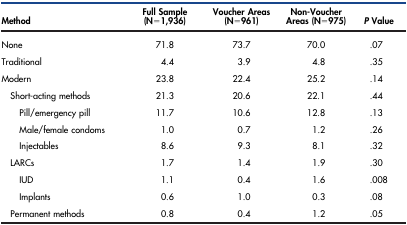
| Method | Full Sample (N = 1,936) | Voucher Areas (N = 961) | Non-Voucher Areas (N = 975) | P Value |
 | --- | --- | --- | --- | --- |
 | None | 71.8 | 73.7 | 70.0 | .07 |
 | Traditional | 4.4 | 3.9 | 4.8 | .35 |
 | Modern | 23.8 | 22.4 | 25.2 | .14 |
 | Short-acting methods | 21.3 | 20.6 | 22.1 | .44 |
 | Pill/emergency pill | 11.7 | 10.6 | 12.8 | .13 |
 | Male/female condoms | 1.0 | 0.7 | 1.2 | .26 |
 | Injectables | 8.6 | 9.3 | 8.1 | .32 |
 | LARCs | 1.7 | 1.4 | 1.9 | .30 |
 | IUD | 1.1 | 0.4 | 1.6 | .008 |
 | Implants | 0.6 | 1.0 | 0.3 | .08 |
 | Permanent methods | 0.8 | 0.4 | 1.2 | .05 |